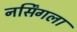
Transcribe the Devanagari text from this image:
नर्सिंगला